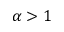
\alpha > 1